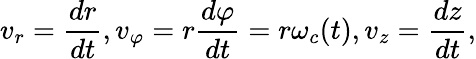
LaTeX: v_{r}=\frac{dr}{dt},v_{\varphi}=r\frac{d\varphi}{dt}=r\omega_{c}(t),v_{z}=\frac{dz}{dt},